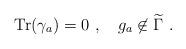
LaTeX: \begin{align*}{\rm Tr}(\gamma_a)=0~,~~~g_a\not\in{\widetilde \Gamma}~.\end{align*}